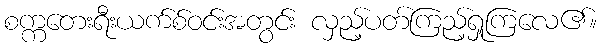
စက္ကတေးရီးယက်စ်ဝင်းအတွင်း လှည့်ပတ်ကြည့်ရှုကြလေ၏။